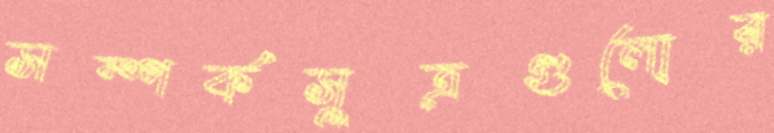
সম্পর্কসূত্রগুলোর